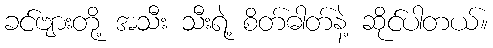
ခင်ဗျားတို့ အသီး သီးရဲ့ စိတ်ဓါတ်နဲ့ ဆိုင်ပါတယ်။